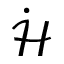
\dot { \mathcal { H } }